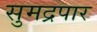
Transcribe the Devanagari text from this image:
सुमद्रपार